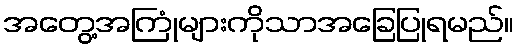
အတွေ့အကြုံများကိုသာအခြေပြုရမည်။